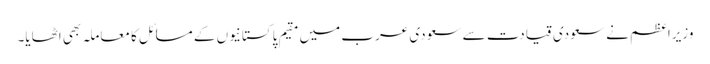
وزیراعظم نے سعودی قیادت سے سعودی عرب میں مقیم پاکستانیوں کے مسائل کا معاملہ بھی اٹھایا۔